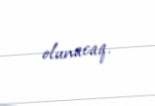
olunacaq.